DOW-UAP-D60, Mission Report, Persian Gulf, August 2020
Agency: Department of War
Incident date: 8/8/20
Incident location: Persian Gulf
Page 1
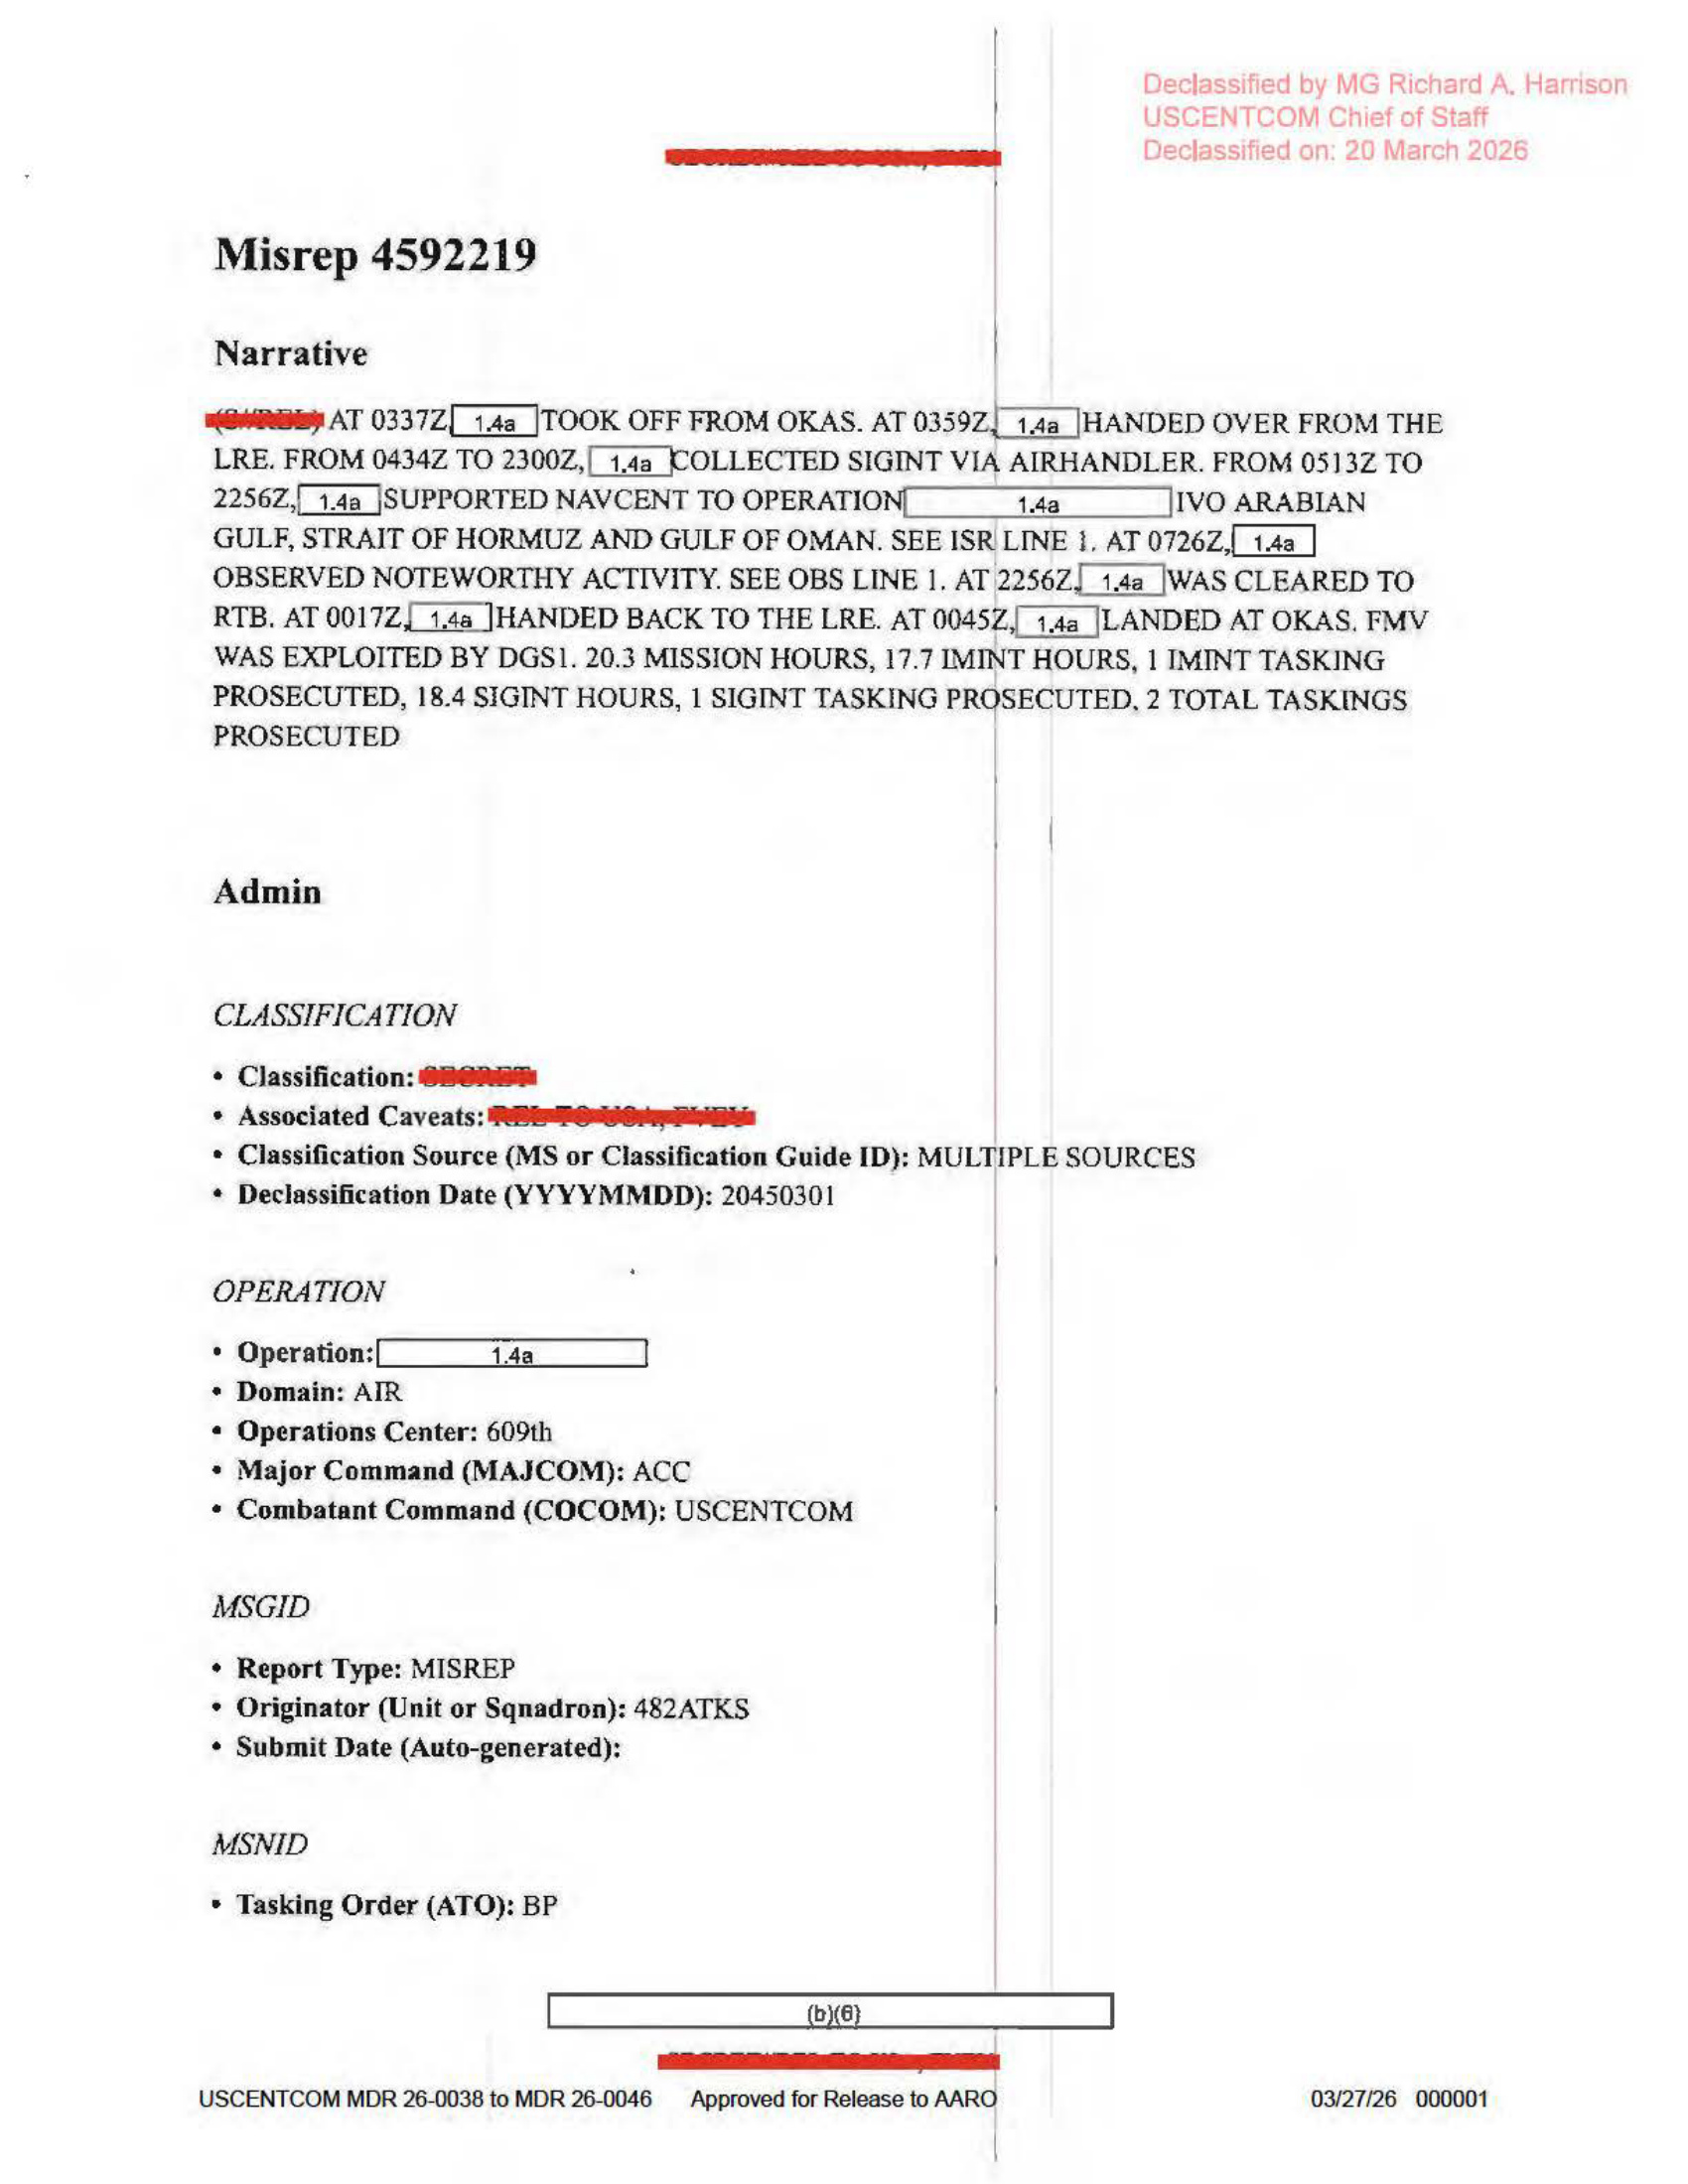